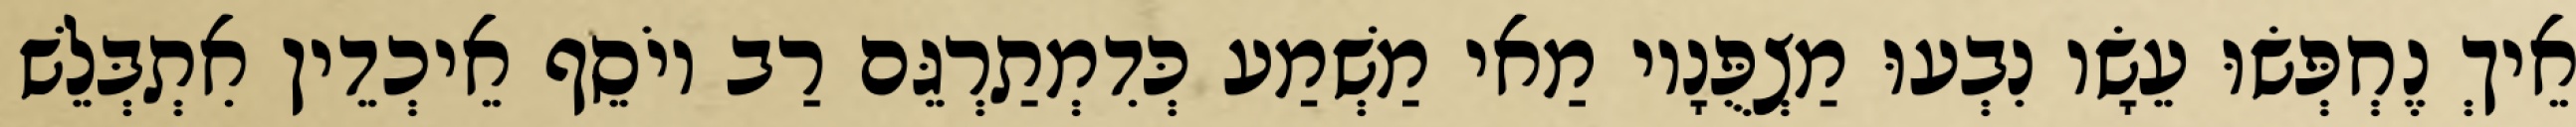
אֵיךְ נֶחְפְּשׂוּ עֵשָׂו נִבְעוּ מַצְפֻּנָיו מַאי מַשְׁמַע כְּדִמְתַרְגֵּם רַב יוֹסֵף אֵיכְדֵין אִתְבְּלֵשׁ